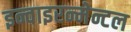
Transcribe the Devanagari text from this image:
इन्वाइरन्मेन्टल